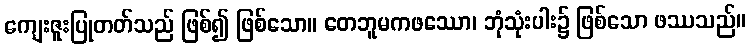
ကျေးဇူးပြုတတ်သည် ဖြစ်၍ ဖြစ်သော။ တေဘူမကဖဿော၊ ဘုံသုံးပါး၌ ဖြစ်သော ဖဿသည်။